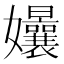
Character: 𭒴